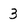
Character: 3